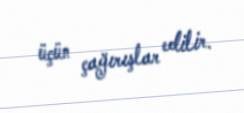
üçün çağırışlar edilir.